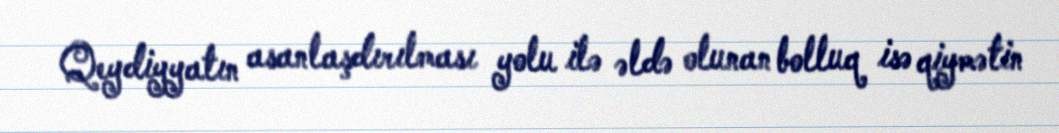
Qeydiyyatın asanlaşdırılması yolu ilə əldə olunan bolluq isə qiymətin